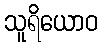
သူရိယောဝ